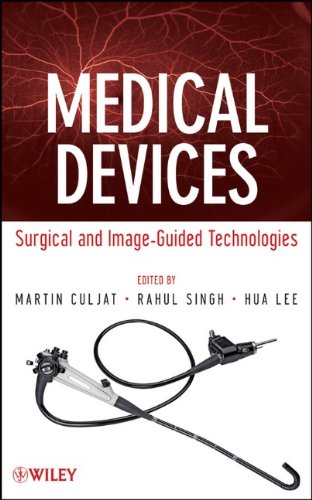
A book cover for Medical Devices: Surgical and Image-Guided Technologies; Martin Culjat; Medical Books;